Civil Veterinary Department. Madras. Admin. report 1910-25 - 1910-1925
Year: 1910
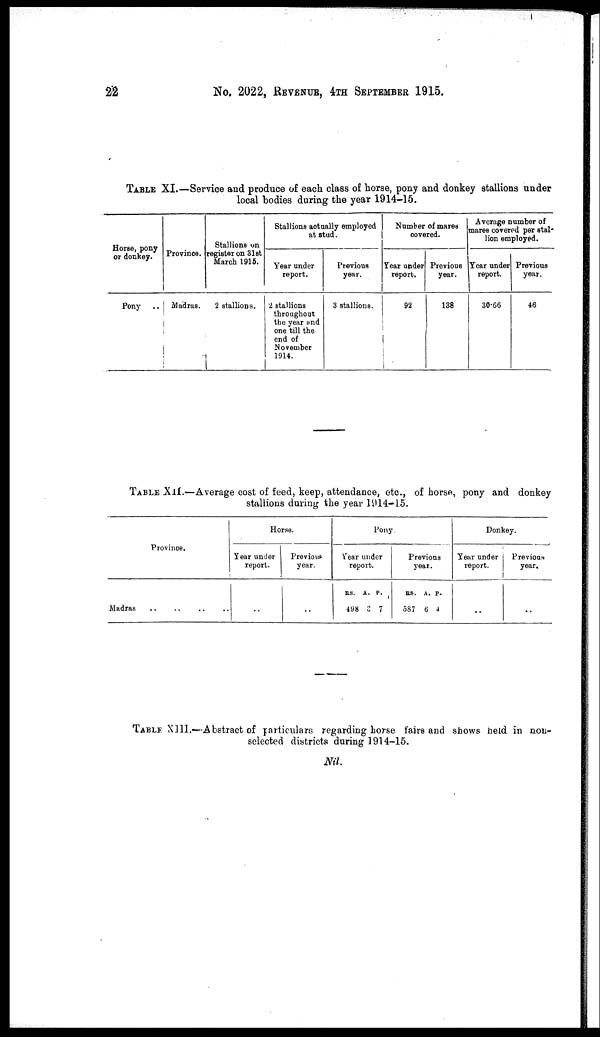
22
No. 2022, REVENUE, 4TH SEPTEMBER 1915.
TABLE XI.—Service and produce of each class of horse, pony and donkey stallions under
local bodies during the year 1914-15.
Horse, pony
or donkey.
Pony
..
Province.
Madras.
Stallions on
register on 31st
March 1915.
2 stallions.
Stallions actually employed
at stud.
Year under
report.
2 stallions
throughout
the year and
one till the
end of
November
1914.
Previous
year.
3 stallions.
Number of mares
covered.
Year under
report.
92
Previous
year.
138
Average number of
mares covered per stal-
lion employed.
Year under
report.
30.66
Previous
year.
46
TABLE XII.—Average cost of feed, keep, attendance, etc., of horse, pony and donkey
stallions during the year 1914-15.
Province.
Madras .. .. .. ..
Horse.
Year under
report.
..
Previous
year.
..
Pony.
Year under
report.
RS.
498
A.
3
P.
7
Previous
year.
RS.
587
A.
6
P.
4
Donkey.
Year under
report.
..
Previous
year.
..
TABLE XIII.—Abstract of particulars regarding horse fairs and shows held in non-
selected districts during 1914 –15.
Nil.